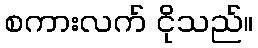
စကားလက် ငိုသည်။